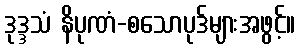
ဒုဒ္ဒသံ နိပုဏံ-စသောပုဒ်များအဖွင့်။